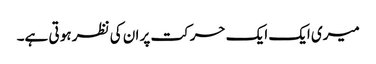
میری ایک ایک حرکت پر ان کی نظر ہو تی ہے۔